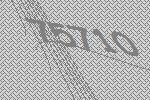
75710